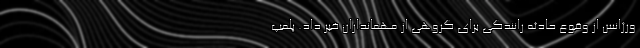
ورژانس از وقوع حادثه رانندگی برای گروهی از مهمانداران خبر داد. پلمپ